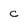
Character: c